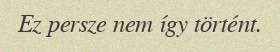
Ez persze nem így történt.